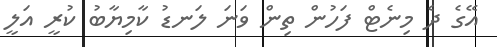
އޭގެ ދެ މިނެޓް ފަހުން ތިން ވަނަ ލަނޑު ކާމިޔާބު ކުރީ އަލީ